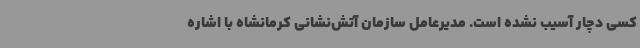
کسی دچار آسیب نشده است. مدیرعامل سازمان آتش‌نشانی کرمانشاه با اشاره